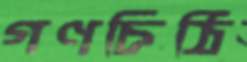
গণচিঠি